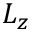
L _ { z }